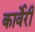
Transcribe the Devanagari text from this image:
कार्वेरी